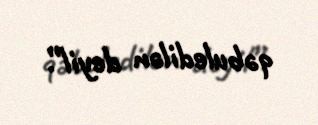
qəbuledilən deyil”.